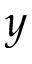
y